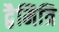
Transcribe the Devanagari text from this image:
द्वैमित्रि